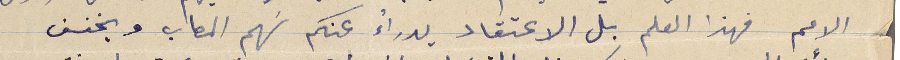
الامم فهذا العلم بل الاعتقاد يدراءُ عنكم سَهم المصاب ويخفف